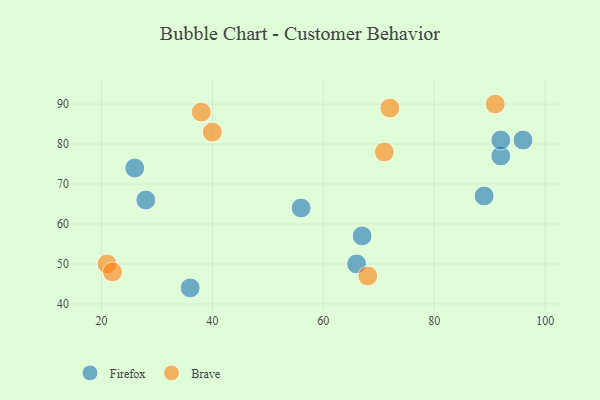
{"axis": {"x": "GDP", "y": "Life Expectancy"}, "legend": ["Brave", "Firefox"], "data": [{"x": "92", "y": 77, "type": "Firefox"}, {"x": "66", "y": 50, "type": "Firefox"}, {"x": "92", "y": 81, "type": "Firefox"}, {"x": "89", "y": 67, "type": "Firefox"}, {"x": "67", "y": 57, "type": "Firefox"}, {"x": "56", "y": 64, "type": "Firefox"}, {"x": "26", "y": 74, "type": "Firefox"}, {"x": "28", "y": 66, "type": "Firefox"}, {"x": "36", "y": 44, "type": "Firefox"}, {"x": "96", "y": 81, "type": "Firefox"}, {"x": "71", "y": 78, "type": "Brave"}, {"x": "91", "y": 90, "type": "Brave"}, {"x": "40", "y": 83, "type": "Brave"}, {"x": "21", "y": 50, "type": "Brave"}, {"x": "72", "y": 89, "type": "Brave"}, {"x": "22", "y": 48, "type": "Brave"}, {"x": "38", "y": 88, "type": "Brave"}, {"x": "68", "y": 47, "type": "Brave"}]}